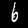
Digit: 6